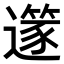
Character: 𨗹